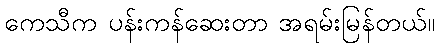
ကေသီက ပန်းကန်ဆေးတာ အရမ်းမြန်တယ်။